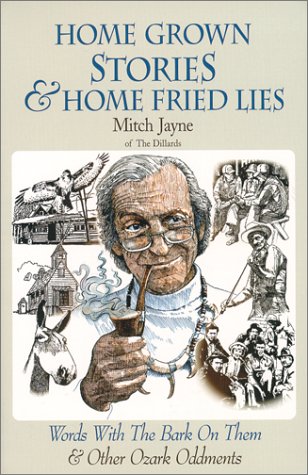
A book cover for Home Grown Stories & Home Fried Lies; Mitch Jayne; Humor & Entertainment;